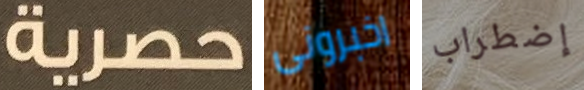
حصرية اخبرونى إضطراب